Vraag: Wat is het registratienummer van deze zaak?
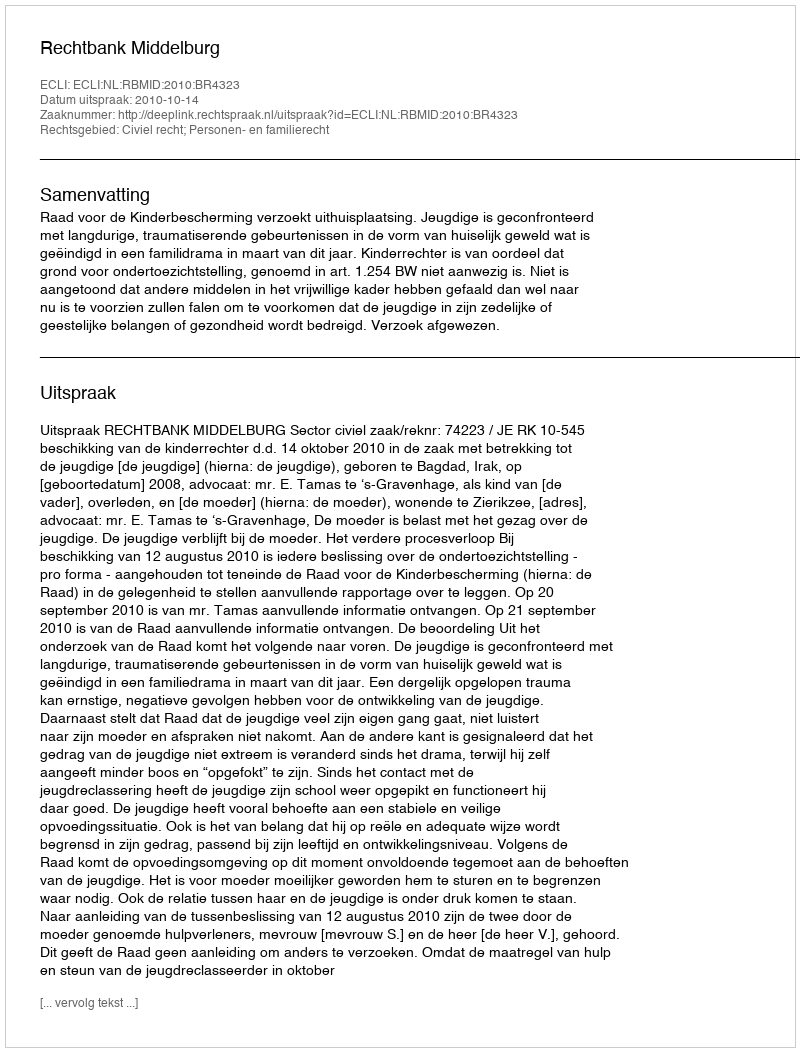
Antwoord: http://deeplink.rechtspraak.nl/uitspraak?id=ECLI:NL:RBMID:2010:BR4323